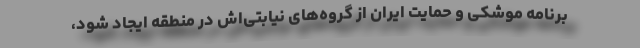
برنامه موشکی و حمایت ایران از گروه‌های نیابتی‌اش در منطقه ایجاد شود،